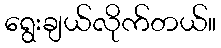
ရွေးချယ်လိုက်တယ်။